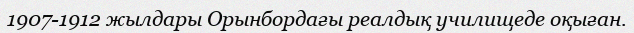
1907-1912 жылдары Орынбордағы реалдық училищеде оқыған.